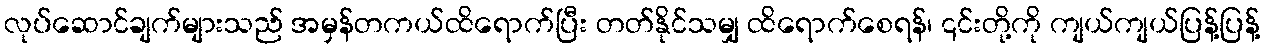
လုပ်ဆောင်ချက်များသည် အမှန်တကယ်ထိရောက်ပြီး တတ်နိုင်သမျှ ထိရောက်စေရန်၊ ၎င်းတို့ကို ကျယ်ကျယ်ပြန့်ပြန့်